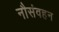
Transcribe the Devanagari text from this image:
नौसंवहन